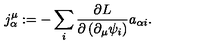
j _ { \alpha } ^ { \mu } : = - \sum _ { i } \frac { \partial L } { \partial \left( \partial _ { \mu } \psi _ { i } \right) } a _ { \alpha i } .